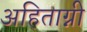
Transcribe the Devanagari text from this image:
अहिताग्नी